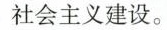
社会主义建设。